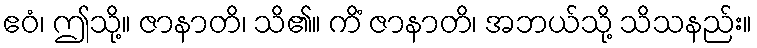
ဧဝံ၊ ဤသို့။ ဇာနာတိ၊ သိ၏။ ကိံ ဇာနာတိ၊ အဘယ်သို့ သိသနည်း။